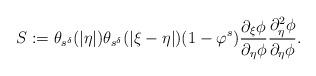
LaTeX: \begin{align*}S:=\theta_{s^\delta}(|\eta|)\theta_{s^\delta}(|\xi-\eta|)(1-\varphi^{s})\frac{\partial_{\xi}\phi}{\partial_{\eta}\phi}\frac{\partial_{\eta}^2\phi}{\partial_{\eta}\phi}.\end{align*}